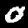
Label: 0